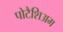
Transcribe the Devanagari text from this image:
पोटैशिअम